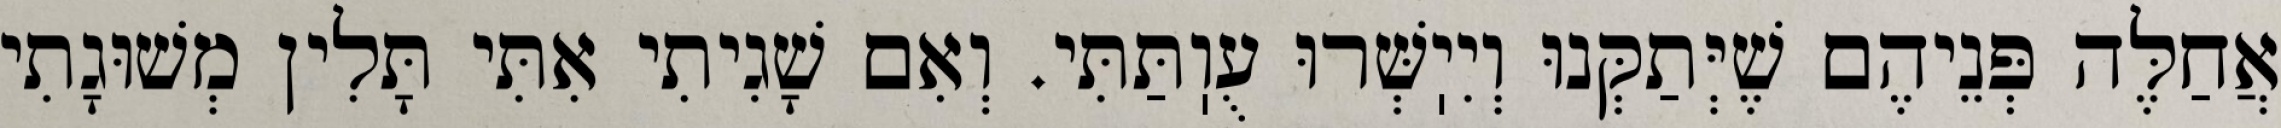
אֲחַלֶּה פְּנֵיהֶם שֶׁיְּתַקְּנוּ וְיִיֽשְּׁרוּ עֻוֽתַּתִּי. וְאִם שָׁגִיתִי אִתִּי תָּלִין מְשׁוּגָתִי